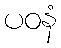
ပဝနံ